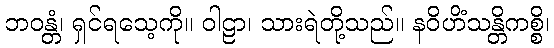
ဘဝန္တံ၊ ရှင်ရသေ့ကို။ ဝါဠာ၊ သားရဲတို့သည်။ နဝိဟိံသန္တိကစ္စိ၊